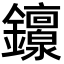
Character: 𬬟